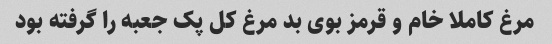
مرغ کاملا خام و قرمز بوی بد مرغ کل پک جعبه را گرفته بود